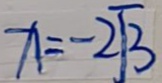
x = - 2 \sqrt { 3 }